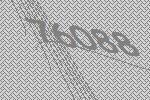
76088